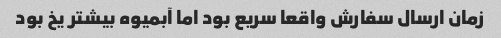
زمان ارسال سفارش واقعا سریع بود اما آبمیوه بیشتر یخ بود